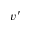
v ^ { \prime }